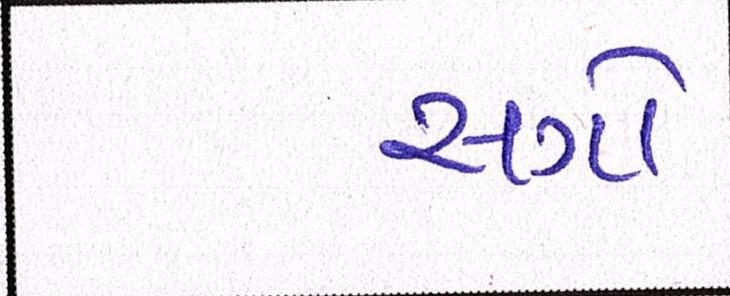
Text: સગો